Insane asylums in Bengal annual reports 1867-1875 - 1867-1875
Year: 1867
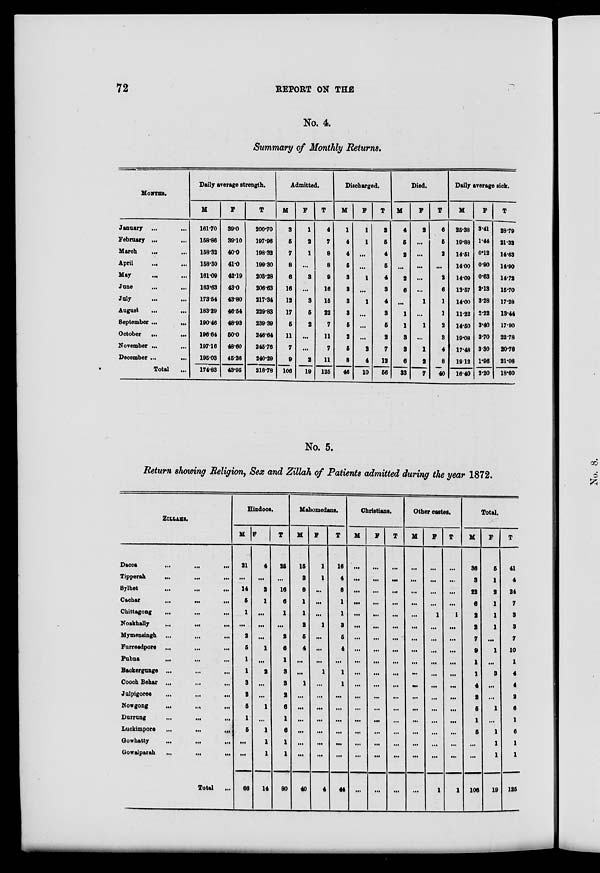
72
REPORT ON THE
No. 4.
Summary of Monthly Returns.
MONTHS.
January ...
...
February ...
...
March
...
...
April
... ...
May
...
...
June
...
...
July
...
...
August
...
...
September ...
...
October ...
...
November ...
...
December ...
...
Total
...
Daily average strength.
M
161.70
158.86
158.32
158.30
161.09
163.63
173.54
183.29
190.46
196.64
197.16
195.03
174.83
F
39.0
39.10
40.0
41.0
42.19
43.0
43.80
46.54
48.93
50.0
48.60
45.26
43.95
T
200.70
197.96
198.32
199.30
203.28
206.63
217.34
229.83
239. 39
246.64
245.76
240.29
218.78
Admitted.
M
3
5
7
8
6
16
12
17
5
11
7
9
106
F
1
2
1
...
3
...
3
5
2
...
...
2
19
T
4
7
8
8
9
16
15
22
7
11
7
11
125
Discharged.
M
1
4
4
5
3
3
3
3
5
2
5
8
46
F
1
1
...
...
1
...
1
...
...
...
2
4
10
T
2
5
4
5
4
3
4
3
5
2
7
12
56
Died.
M
4
5
2
...
2
6
...
1
1
3
3
6
33
F
2
...
...
...
...
...
1
...
1
...
1
2
7
T
6
5
2
...
2
6
1
1
2
3
4
8
40
Daily average sick.
M
25.38
19.88
14.51
14.00
14.09
13.57
14.00
11.22
14.50
19.08
17.48
19.12
16.40
F
3.41
1.44
0.12
0.90
0.63
2.13
3.28
2.22
3.40
3.70
3. 30
1.96
2.20
T
28.79
21.32
14.63
14.90
14.72
15.70
17.28
13.44
17.90
22.78
20.78
21.08
18.60
No. 5.
Return showing Religion, Sex and Zillah of Patients admitted during the year 1872.
ZILLAHS.
Dacca
...
...
...
Tipperah
...
...
...
Sylhet
...
...
...
Cachar
...
...
...
Chittagong ... ... ...
Noakhally
...
...
...
Mymensingh ... ... ...
Furreedpore ... ... ...
Pubna
...
...
...
Backergunge ...
...
...
Cooch Behar ...
...
...
Julpigoree
...
...
...
Nowgong
...
...
...
Darrung
...
...
...
Luckimpore
...
...
...
Gowhatty
...
...
...
Gowalparah
...
...
...
Total ...
Hindoos.
M
21
...
14
5
1
...
2
6
1
1
3
2
5
1
5
...
...
66
F
4
...
2
1
...
...
...
1
...
2
...
...
1
...
1
1
1
14
T
25
...
16
6
1
...
2
6
1
3
3
2
6
1
6
1
1
80
Mahomedans.
M
15
8
8
1
1
2
5
4
...
...
1
...
...
...
...
...
...
40
F
1
1
...
...
...
1
...
...
...
1
...
...
...
...
...
...
...
4
T
16
4
8
1
1
3
5
4
...
1
1
...
...
...
...
...
...
44
Christians.
M
...
...
...
...
...
...
...
...
...
...
...
...
...
...
...
...
...
...
F
...
...
...
...
...
...
...
...
...
...
...
...
...
...
...
...
...
...
T
...
...
...
...
...
...
...
...
...
...
...
...
...
...
...
...
...
...
Other castes.
M
...
...
...
...
...
...
...
...
...
...
...
...
...
...
...
...
...
...
F
...
...
...
...
1
...
...
...
...
...
...
...
...
...
...
...
...
1
T
...
...
...
...
1
...
...
...
...
...
...
...
...
...
...
...
...
1
Total.
M
36
3
22
6
2
2
7
9
1
1
4
2
5
1
5
...
...
106
F
5
1
2
1
1
1
...
1
...
3
...
...
1
...
1
1
1
19
T
41
4
24
7
3
3
7
10
1
4
4
2
6
1
6
1
1
125